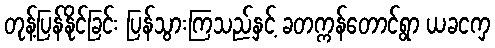
တုန့်ပြန်နိုင်ခြင်း ပြန်သွားကြသည်နှင့် ခတက္ကန်တောင်ရွာ ယခငကှ